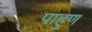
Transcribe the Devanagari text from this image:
पाहुण